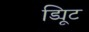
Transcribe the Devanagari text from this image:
ड्यिूट